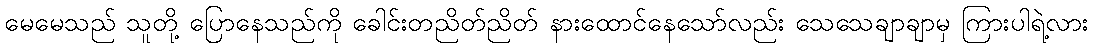
မေမေသည် သူတို့ ပြောနေသည်ကို ခေါင်းတညိတ်ညိတ် နားထောင်နေသော်လည်း သေသေချာချာမှ ကြားပါရဲ့လား